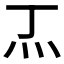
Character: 𭴀